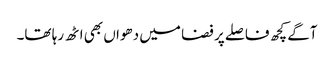
آگے کچھ فاصلے پر فضا میں دھواں بھی اٹھ رہا تھا۔